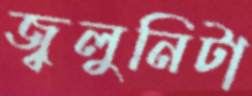
জ্বলুনিটা